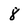
Character: 8